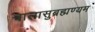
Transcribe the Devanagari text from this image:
बालासुब्रह्मण्यम